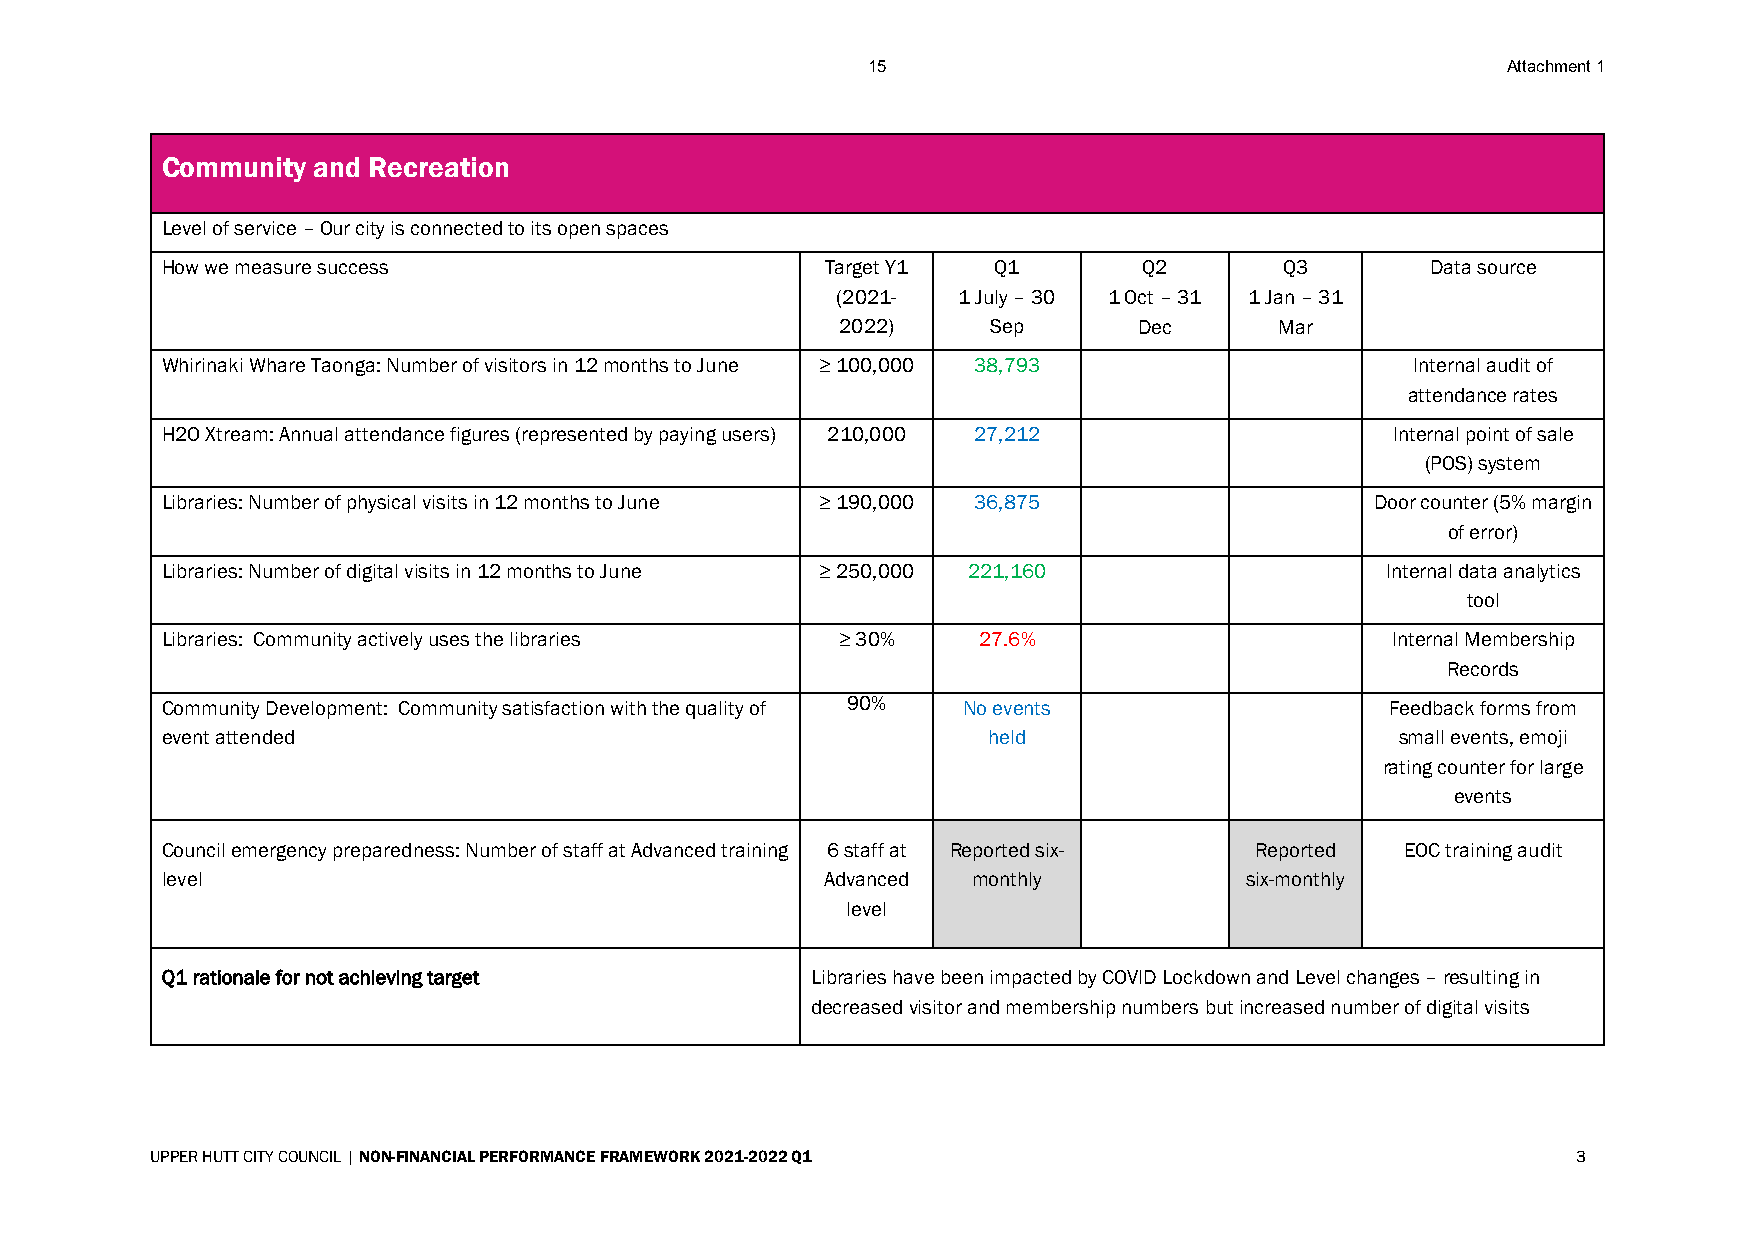
15                                         Attachment 1
 Community and Recreation
 Level of service – Our city is connected to its open spaces
 How we measure success                      Target Y1  Q1        Q2       Q3        Data source
 (2021-  1 July – 30 1 Oct – 31 1 Jan – 31
 2022)     Sep      Dec       Mar
 Whirinaki Whare Taonga: Number of visitors in 12 months to June ≥ 100,000 38,793   Internal audit of
 attendance rates
 H2O Xtream: Annual attendance figures (represented by paying users) 210,000 27,212 Internal point of sale
 (POS) system
 Libraries: Number of physical visits in 12 months to June ≥ 190,000 36,875      Door counter (5% margin
 of error)
 Libraries: Number of digital visits in 12 months to June ≥ 250,000 221,160       Internal data analytics
 tool
 Libraries: Community actively uses the libraries ≥ 30% 27.6%                     Internal Membership
 Records
 Community Development: Community satisfaction with the quality of 90% No events  Feedback forms from
 event attended                                        held                        small events, emoji
 rating counter for large
 events
 Council emergency preparedness: Number of staff at Advanced training 6 staff at Reported six- Reported EOC training audit
 level                                       Advanced monthly           six-monthly
 level
 Q1 rationale for not achieving target      Libraries have been impacted by COVID Lockdown and Level changes – resulting in
 decreased visitor and membership numbers but increased number of digital visits
 UPPER HUTT CITY COUNCIL | NON-FINANCIAL PERFORMANCE FRAMEWORK 2021-2022 Q1                    3